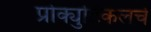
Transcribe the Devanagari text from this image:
प्रोक्युटिकलचे